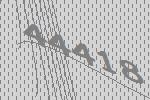
44418